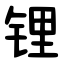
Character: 锂